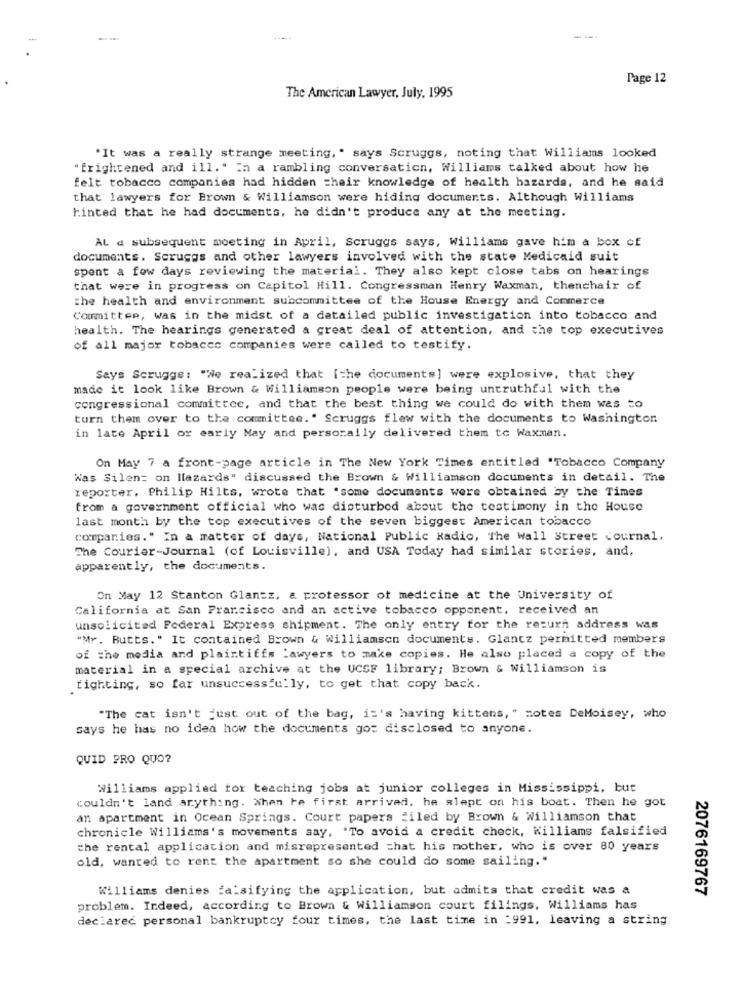
-
Page 12
The American Lawyer, July, 1995
"It was a really strange meeting, " says Scruggs, noting that Williams looked
"frightened and ill." In a rambling conversation, Williams talked about how he
felt tobacco companies had hidden their knowledge of health hazards, and he said
that lawyers for Brown & Williamson were hiding documents. Although Williams
hinted that he had documents, he didn't produce any at the meeting.
AL a subsequent moeting in April, Scruggs says, Williams gave him a box of
documents. Scruggs and other lawyers involved with the state Medicaid suit
spent a few days reviewing the material. They also kept close tabs on hearings
that were in progress on Capitol Hill. Congressman Henry Waxman, thenchair of
the health and environment subcommittee of the House Energy and Commerce
Committee, was in the midst of a detailed public investigation into tobacco and
health. The hearings generated a great deal of attention, and the top executives
of all major tobacco companies were called to testify.
Says Scruggs: "We realized that [the documents] were explosive, that they
made it look like Brown & Williamson people were being untruthful with the
congressional committee, and that the best thing we could do with them was to
turn them over to the committee." Scruggs flew with the documents to Washington
in late April or early May and personally delivered them to Waxman.
On May 7 a front-page article in The New York Times entitled "Tobacco Company
Was Silen= on llazards" discussed the Brown & Williamson documents in detail. The
reporter. Philip Hilts, wrote that .some documents were obtained by the Times
from a government official who was disturbed about the testimony in the House
last month by the top executives of the seven biggest American tobacco
companies." In a matter of days, National Public Radio, The wall Street Journal.
The Courier-Journal (of Louisville), and USA Today had similar stories, and,
apparently, the documents.
On May 12 Stanton Glantz, & professor of medicine at the University of
California at San Francisco and an active tobacco opponent, received an
unsolicited Federal Express shipment. The only entry for the return address was
"Mr. Butts." It contained Brown & Williamsen documents. Glancz permitted members
of the media and plaintiffs Lawyers to make copies. He also placed a copy of the
material in a special archive at the UCSF library; Brown & Williamson is
fighting, so far unsuccessfully, to get that copy back.
"The cat isn't just out of the bag, it's having kittens, " motes DeMoisey, who
says he has no idea how the documents gos disclosed to anyone.
QUID PRO QUO?
Williams applied for teaching jobs at junior colleges in Mississippi, but
couldn't land anything. when he first arrived, he slept on his boat. Then he got
an apartment in Ocean Springs. Court papers filed by Brown & Williamson that
chronicle Williams's movements say, "To avoid a credit check, Williams falsified
the rental application and misrepresented that his mother, who is over 80 years
old, wanted to rent the apartment so she could do some sailing."
Williams denies falsifying the application, but admita that credit was a
2076169767
problem. Indeed, according to Brown & Williamson court filings. Williams has
declared personal bankruptcy four times, the last time in :991, leaving a string